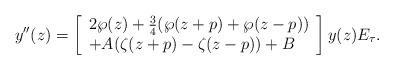
LaTeX: \begin{align*}y^{\prime \prime}(z)=\left[\begin{array}[c]{l}2\wp(z)+\frac{3}{4}(\wp(z+p)+\wp(z-p))\\+A(\zeta(z+p)-\zeta(z-p))+B\end{array}\right] y(z)E_{\tau}. \end{align*}